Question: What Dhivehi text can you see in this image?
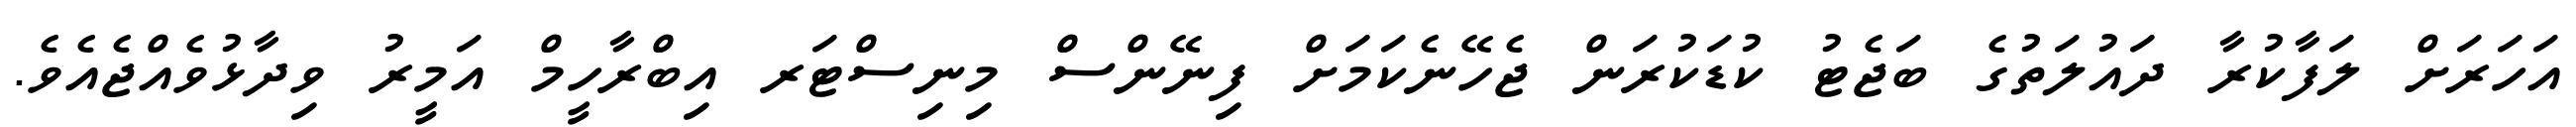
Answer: އަހަރަށް ލަފާކުރާ ދައުލަތުގެ ބަޖެޓު ކުޑަކުރަން ޖެހޭނެކަމަށް ފިނޭންސް މިނިސްޓަރ އިބްރާހީމް އަމީރު ވިދާޅުވެއްޖެއެވެ.